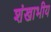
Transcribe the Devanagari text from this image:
शंखाभीय